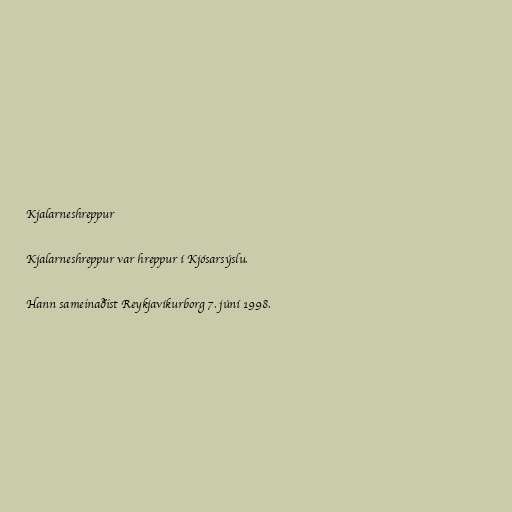
Kjalarneshreppur

Kjalarneshreppur var hreppur í Kjósarsýslu.

Hann sameinaðist Reykjavíkurborg 7. júní 1998.